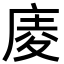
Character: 庱